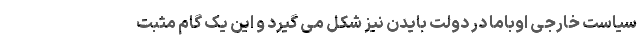
سیاست خارجی اوباما در دولت بایدن نیز شکل می گیرد و این یک گام مثبت